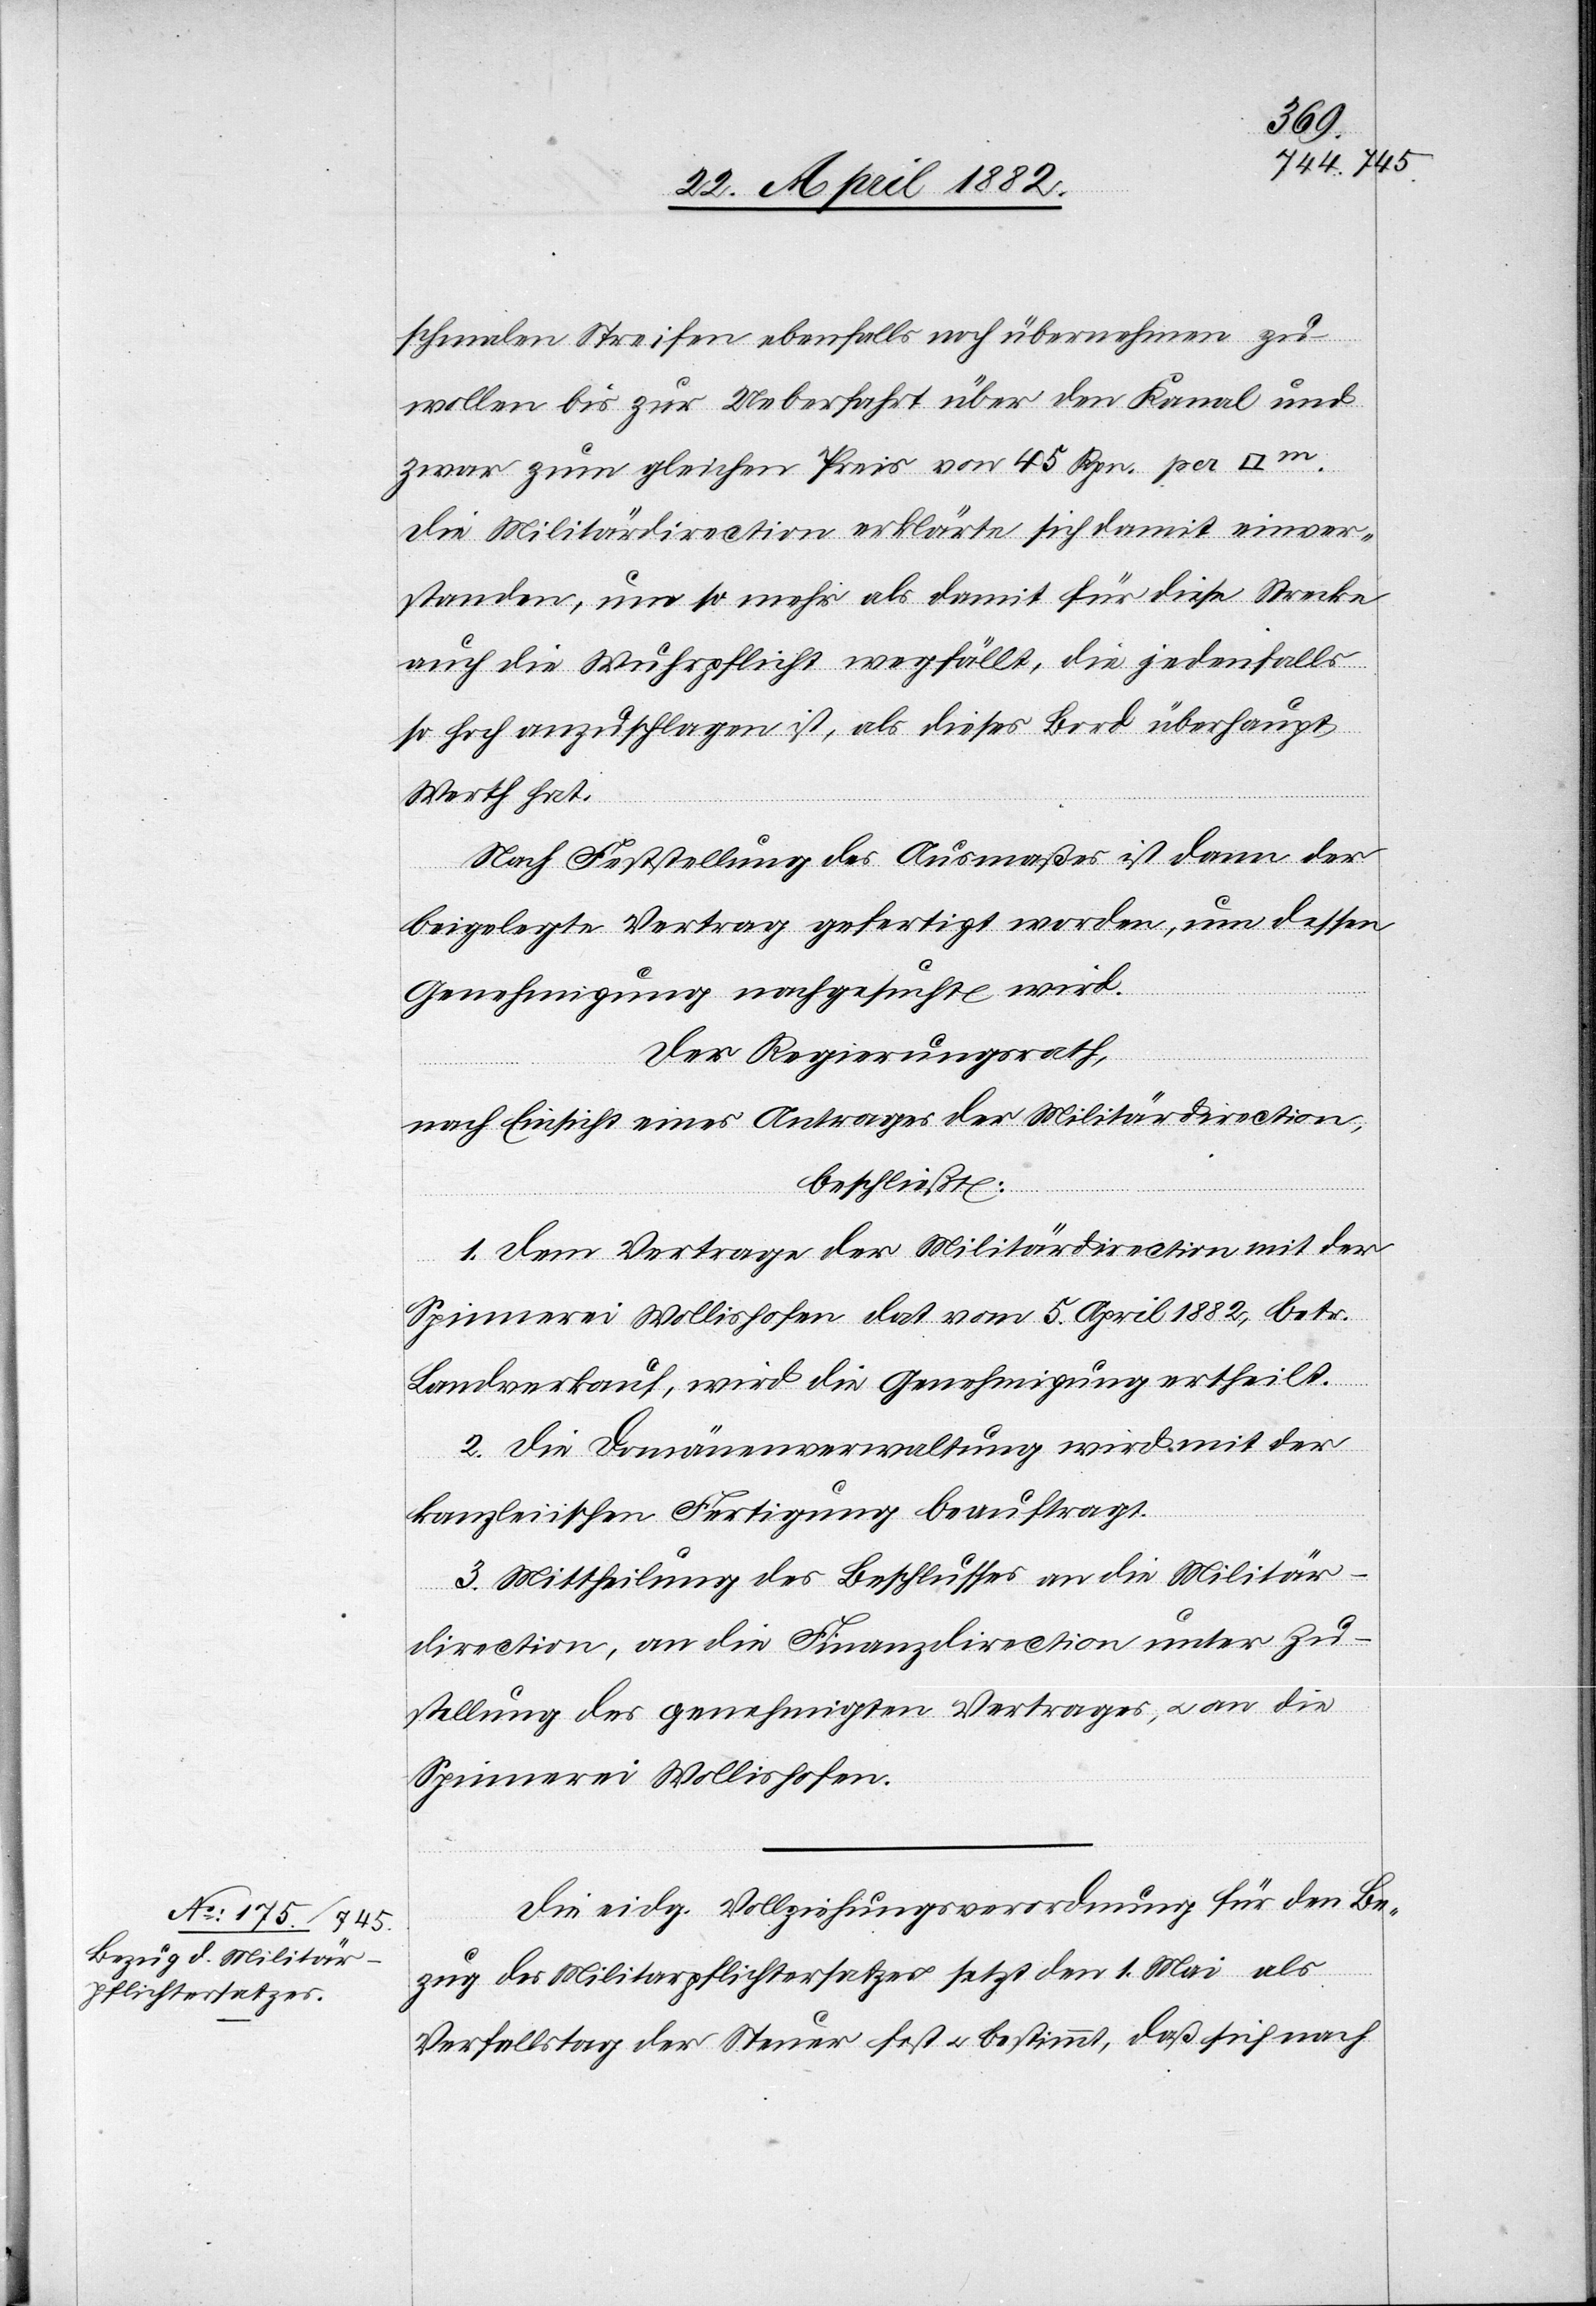
schmalen Streifen ebenfalls noch übernehmen zu
wollen bis zur Ueberfahrt über den Kanal und
zwar zum gleichen Preis von 45 Rp. per
Die Militärdirection erklärte sich damit einver¬
standen, um so mehr als damit für diese Strecke
auch die Wuhrpflicht wegfällt, die jedenfalls
so hoch anzuschlagen ist, als dieses Bord überhaupt
Werth hat.
Nach Feststellung des Ausmaßes ist das der
beigelegte Vertrag gefertigt worden, um dessen
Genehmigung nachgesucht wird.
Der Regierungsrath,
nach Einsicht eines Antrages der Militärdirection,
beschließt:
1. Dem Vertrage der Militärdirection mit der
Spinnerei Wollishofen dat. vom 5. April 1882, betr.
Landverkauf, wird die Genehmigung ertheilt.
2. Die Domänenverwaltung wird mit der
kanzleiischen Fertigung beauftragt.
3. Mittheilung des Beschlusses an die Militär¬
direction, an die Finanzdirection unter Zu¬
stellung des genehmigten Vertrages, u. an die
Spinnerei Wollishofen.
Die eidg. Vollziehungsverordnung für den Be¬
zug des Militärpflichtersatzes setzt den 1. Mai als
Verfallstag der Steuer fest u. bestimmt, daß sich nach